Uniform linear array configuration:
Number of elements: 32
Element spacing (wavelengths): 0.75
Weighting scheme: blackman
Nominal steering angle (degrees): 0
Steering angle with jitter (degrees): -1.791
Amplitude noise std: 0.05
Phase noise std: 0.05

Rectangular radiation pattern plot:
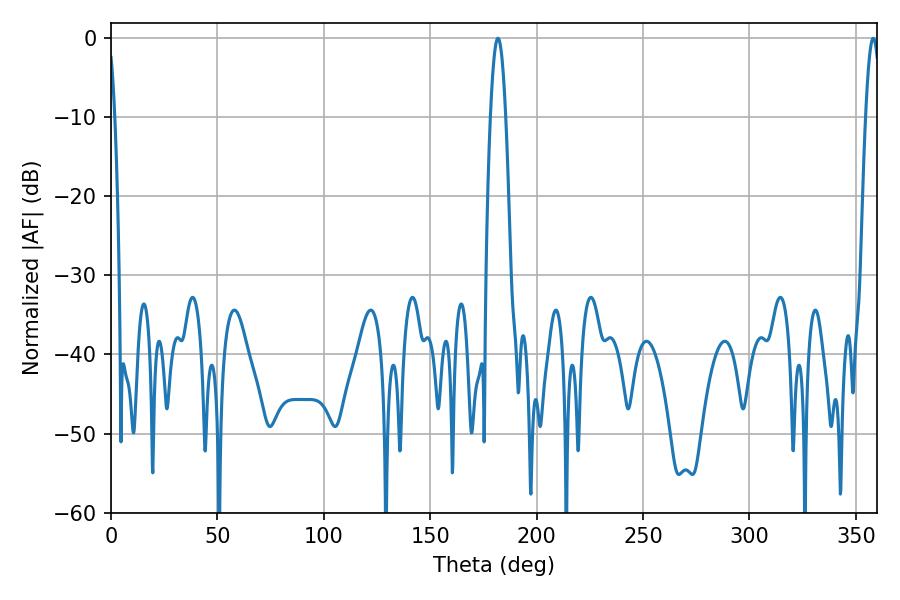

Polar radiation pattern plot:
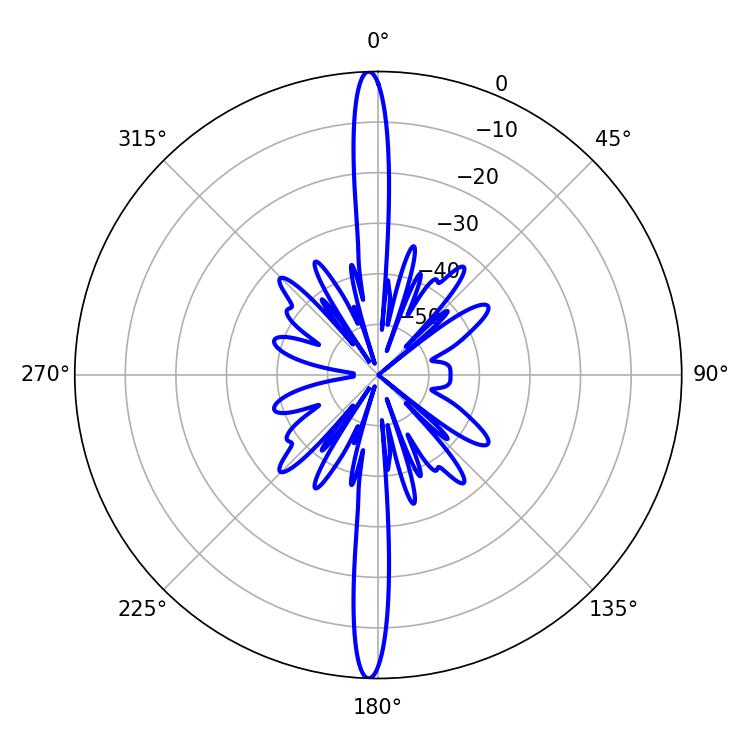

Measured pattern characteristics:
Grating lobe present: TRUE
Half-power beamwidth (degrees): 3.96
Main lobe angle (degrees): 181.8